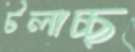
টলাচ্ছ